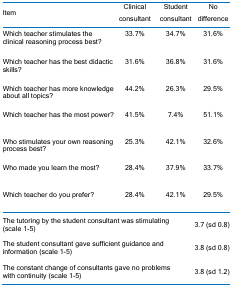
| Item | Clinical consultant | Student consultant | No difference |
 | --- | --- | --- | --- |
 | Which teacher stimulates the clinical reasoning process best? | 33.7% | 34.7% | 31.6% |
 | Which teacher has the best didactic skills? | 31.6% | 36.8% | 31.6% |
 | Which teacher has more knowledge about all topics? | 44.2% | 26.3% | 29.5% |
 | Which teacher has the most power? | 41.5% | 7.4% | 51.1% |
 | Who stimulates your own reasoning process best? | 25.3% | 42.1% | 32.6% |
 | Who made you learn the most? | 28.4% | 37.9% | 33.7% |
 | Which teacher do you prefer? | 28.4% | 42.1% | 29.5% |
 | <COLSPAN=3> The tutoring by the student consultant was stimulating(scale 1-5) | 3.7 (sd 0.8) |
 | <COLSPAN=3> The student consultant gave sufficient guidance and information (scale 1-5) | 3.8 (sd 0.8) |
 | <COLSPAN=3> The constant change of consultants gave no problems with continuity (scale 1-5) | 3.8 (sd 1.2) |